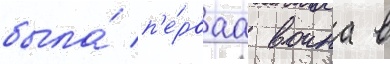
была́ п'е́рваа воина в